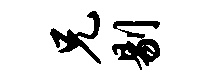
兄剔